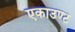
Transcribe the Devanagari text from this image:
एकाउण्ट